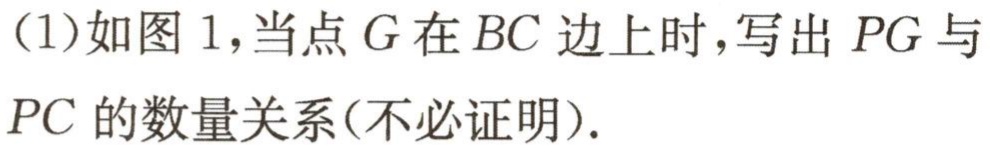
(1)如图 1，当点\(G\)在\(BC\)边上时，写出\(PG\)与\(PC\)的数量关系(不必证明).